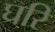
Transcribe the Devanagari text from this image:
घरि